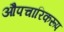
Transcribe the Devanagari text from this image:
औपचारिकरूप